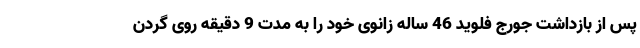
پس از بازداشت جورج فلوید 46 ساله زانوی خود را به مدت 9 دقیقه روی گردن